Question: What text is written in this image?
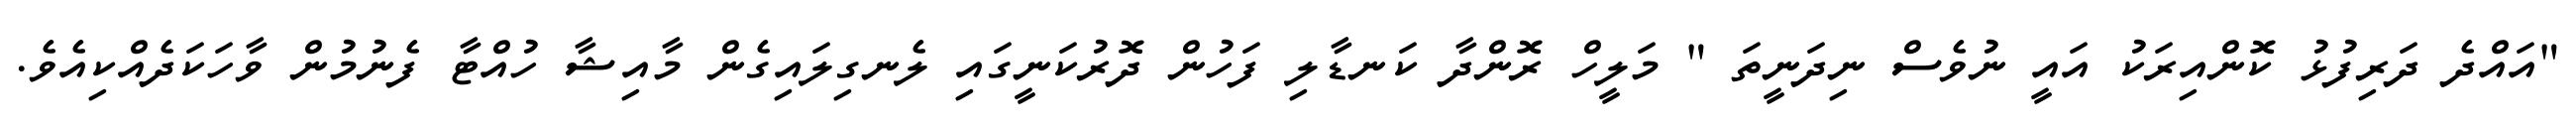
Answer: "އައްދެ ދަރިފުޅު ކޮންއިރަކު އައީ ނުވެސް ނިދަނީތަ " މަލީހް ރޮންދާ ކަނޑާލި ފަހުން ދޮރުކަނީގައި ލެނގިލައިގެން މާއިޝާ ހުއްޓާ ފެނުމުން ވާހަކަދެއްކިއެވެ.